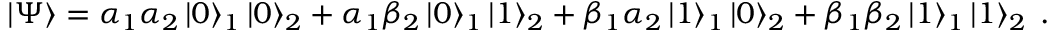
\left| \Psi \right\rangle = \alpha _ { 1 } \alpha _ { 2 } \left| 0 \right\rangle _ { 1 } \left| 0 \right\rangle _ { 2 } + \alpha _ { 1 } \beta _ { 2 } \left| 0 \right\rangle _ { 1 } \left| 1 \right\rangle _ { 2 } + \beta _ { 1 } \alpha _ { 2 } \left| 1 \right\rangle _ { 1 } \left| 0 \right\rangle _ { 2 } + \beta _ { 1 } \beta _ { 2 } \left| 1 \right\rangle _ { 1 } \left| 1 \right\rangle _ { 2 } \; .